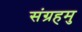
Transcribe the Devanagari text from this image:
संग्रहमु